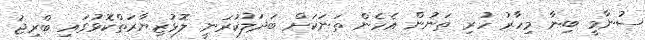
ސުނާމީ ބިނާ މިހާރު ހުރި ތަނުން އެހެން ތަނަކަށް ބަދަލުކުރަނީ ލޮޅުޒިޔާރަތްކޮޅުގައި ބްރިޖު